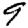
Digit: 9